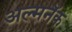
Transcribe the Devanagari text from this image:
अल्मनॅक